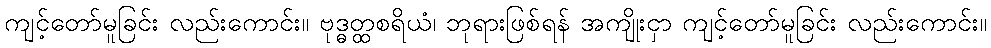
ကျင့်တော်မူခြင်း လည်းကောင်း။ ဗုဒ္ဓတ္ထစရိယံ၊ ဘုရားဖြစ်ရန် အကျိုးငှာ ကျင့်တော်မူခြင်း လည်းကောင်း။